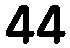
44